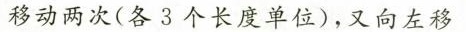
移动两次(各3个长度单位)，又向左移